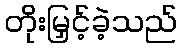
တိုးမြှင့်ခဲ့သည်